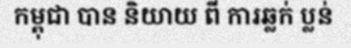
កម្ពុជា បាន និយាយ ពី ការឆ្លក់ ប្លន់